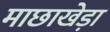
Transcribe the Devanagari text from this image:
माछाखेड़ा